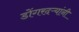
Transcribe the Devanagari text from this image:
डोंगरदऱ्यांनी